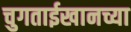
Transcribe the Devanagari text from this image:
चुगताईखानच्या